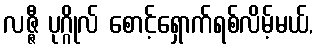
လဇ္ဇီ ပုဂ္ဂိုလ် စောင့်ရှောက်ရစ်လိမ့်မယ်,